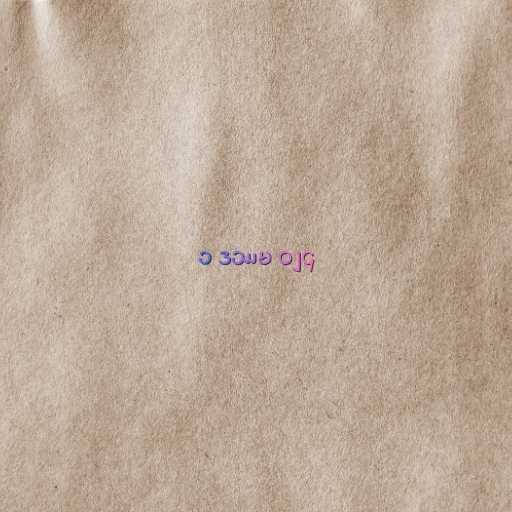
၁ ဒဿမ ၀၂၄